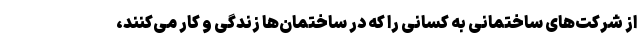
از شرکت‌های ساختمانی به کسانی را که در ساختمان‌ها زندگی و کار می‌کنند،